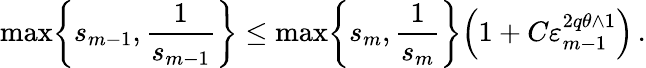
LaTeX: \operatorname*{max}\biggl\{ s_{m-1},\frac 1{s_{m-1}}\biggr\} \leq\operatorname*{max}\biggl\{ s_{m},\frac 1{s_{m}}\biggr\} \Bigl(1+C\varepsilon_{m-1}^{2q\theta\wedge 1}\Bigr)\, .